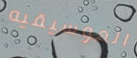
الموسيقيه